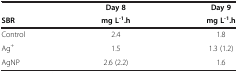
|  | Day 8 | Day 9 |
 | SBR | mg L-1.h | mg L-1.h |
 | --- | --- | --- |
 | Control | 2.4 | 1.8 |
 | Ag+ | 1.5 | 1.3 (1.2) |
 | AgNP | 2.6 (2.2) | 1.6 |